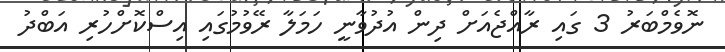
ނޮވެމްބަރު 3 ގައި ރާއްޖެއަށް ދިން އުދުވާނީ ހަމަލާ ރޭވުމުގައި އިސްކޮށްހުރި އަބްދު